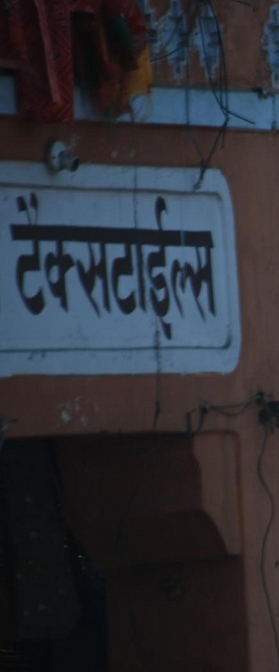
Language: hindi
Transcription: टेक्सटाईल्स